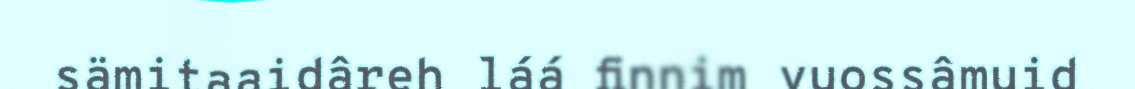
sämitaaidâreh láá finnim vuossâmuid